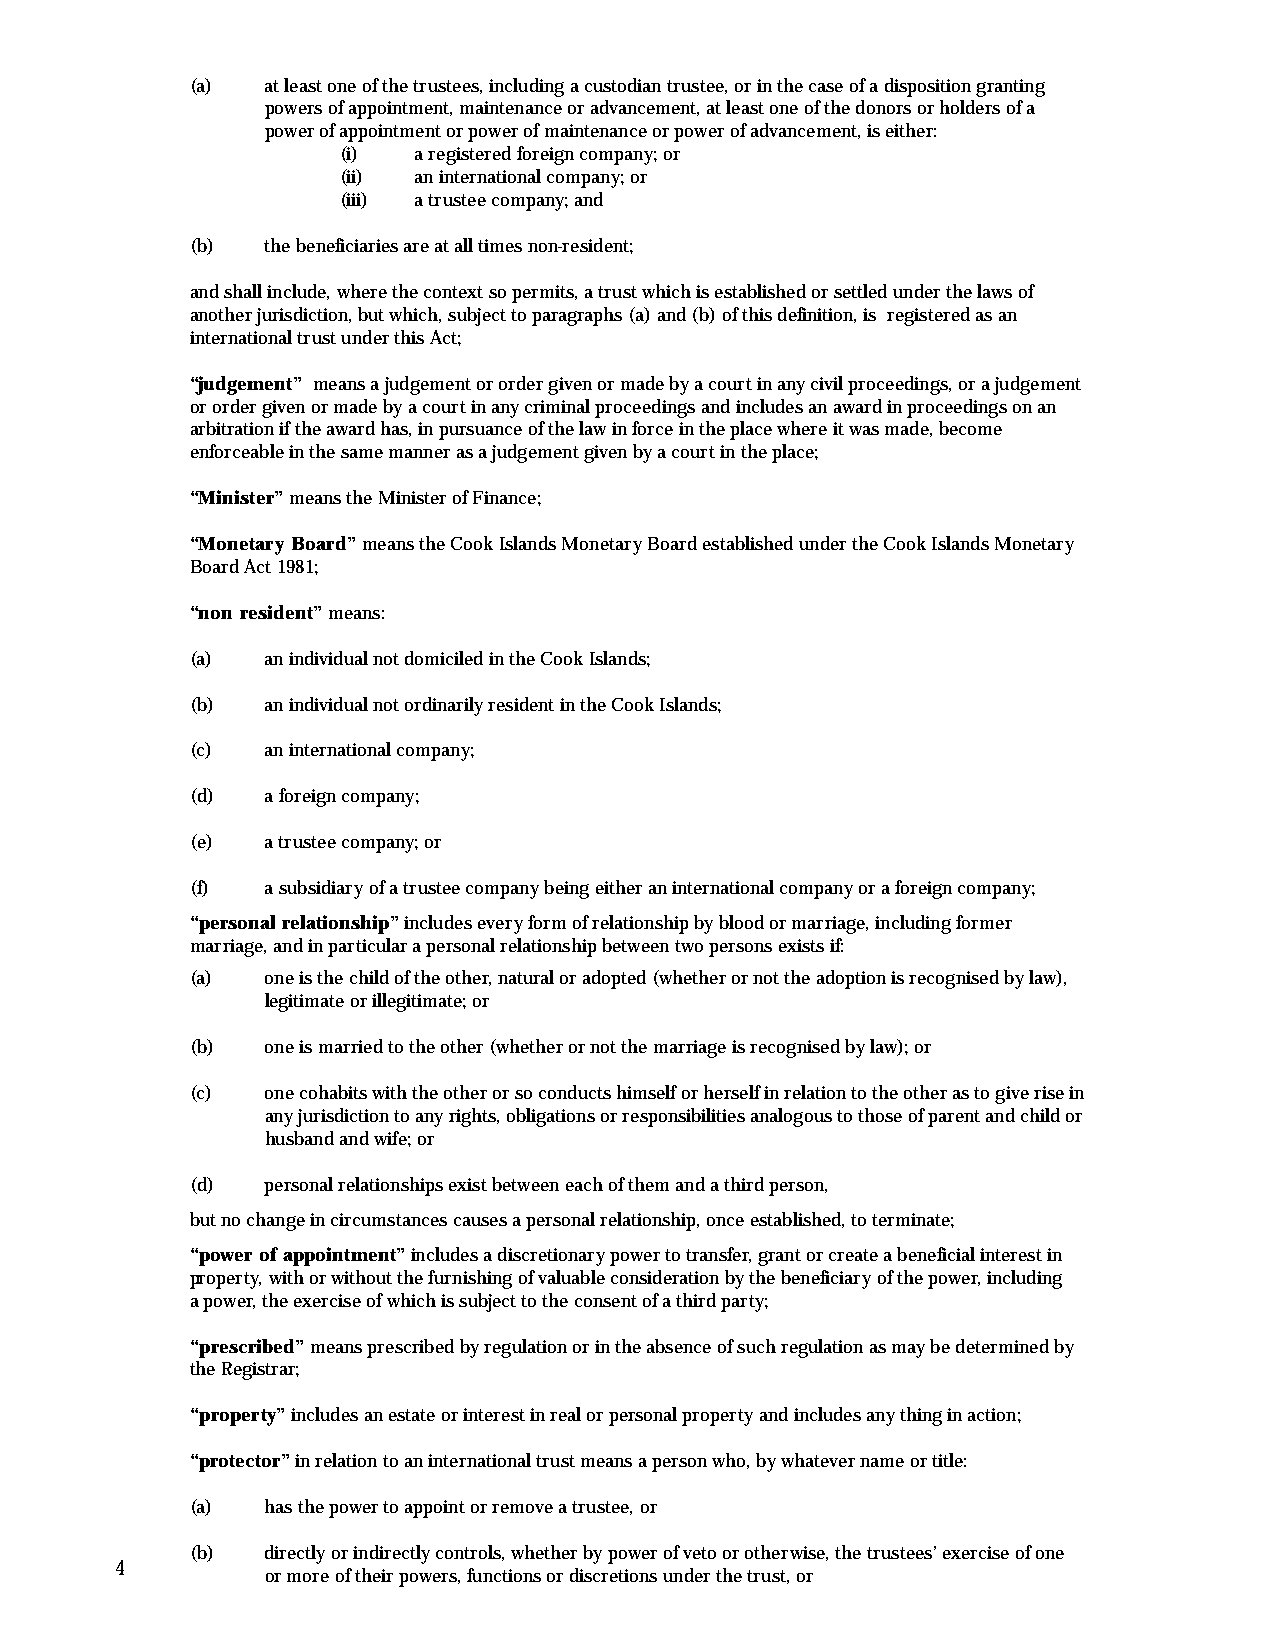
(a)  at least one of the trustees, including a custodian trustee, or in the case of a disposition granting
 powers of appointment, maintenance or advancement, at least one of the donors or holders of a
 power of appointment or power of maintenance or power of advancement, is either:
 (i)  a registered foreign company; or
 (ii) an international company; or
 (iii) a trustee company; and
 (b)  the beneficiaries are at all times non-resident;
 and shall include, where the context so permits, a trust which is established or settled under the laws of
 another jurisdiction, but which, subject to paragraphs (a) and (b) of this definition, is registered as an
 international trust under this Act;
 “judgement” means a judgement or order given or made by a court in any civil proceedings, or a judgement
 or order given or made by a court in any criminal proceedings and includes an award in proceedings on an
 arbitration if the award has, in pursuance of the law in force in the place where it was made, become
 enforceable in the same manner as a judgement given by a court in the place;
 “Minister”means the Minister of Finance;
 “Monetary Board”means the Cook Islands Monetary Board established under the Cook Islands Monetary
 Board Act 1981;
 “non resident”means:
 (a)  an individual not domiciled in the Cook Islands;
 (b)  an individual not ordinarily resident in the Cook Islands;
 (c)  an international company;
 (d)  a foreign company;
 (e)  a trustee company; or
 (f)  a subsidiary of a trustee company being either an international company or a foreign company;
 “personal relationship”includes every form of relationship by blood or marriage, including former
 marriage, and in particular a personal relationship between two persons exists if:
 (a)  one is the child of the other, natural or adopted (whether or not the adoption is recognised by law),
 legitimate or illegitimate; or
 (b)  one is married to the other (whether or not the marriage is recognised by law); or
 (c)  one cohabits with the other or so conducts himself or herself in relation to the other as to give rise in
 any jurisdiction to any rights, obligations or responsibilities analogous to those of parent and child or
 husband and wife; or
 (d)  personal relationships exist between each of them and a third person,
 but no change in circumstances causes a personal relationship, once established, to terminate;
 “power of appointment”includes a discretionary power to transfer, grant or create a beneficial interest in
 property, with or without the furnishing of valuable consideration by the beneficiary of the power, including
 a power, the exercise of which is subject to the consent of a third party;
 “prescribed”means prescribed by regulation or in the absence of such regulation as may be determined by
 the Registrar;
 “property”includes an estate or interest in real or personal property and includes any thing in action;
 “protector”in relation to an international trust means a person who, by whatever name or title:
 (a)  has the power to appoint or remove a trustee, or
 (b)  directly or indirectly controls, whether by power of veto or otherwise, the trustees’ exercise of one
 4
 or more of their powers, functions or discretions under the trust, or